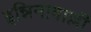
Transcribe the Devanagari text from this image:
इन्निनावाल्ली